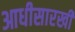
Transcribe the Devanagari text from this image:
आधीसारखी